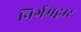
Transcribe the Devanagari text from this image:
निर्गमद्वार